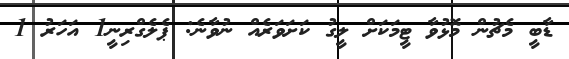
ޑާބީ މެޗުން މޮޅުވާ ޓީމަކަށް ލީގު ކަށަވަރެއް ނުވާނެ: ޕެލެގްރިނީ1 އަހަރު 1